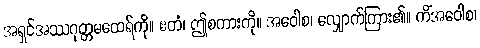
အရှင်အဿဂုတ္တမထေရ်ကို။ ဧတံ၊ ဤစကားကို။ အဝေါစ၊ လျှောက်ကြား၏။ ကိံအဝေါစ၊